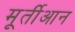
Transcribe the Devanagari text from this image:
मूर्तीआन